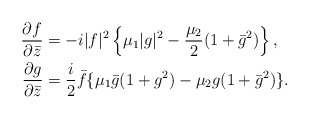
\begin{align*}\frac{\partial f}{\partial\bar{z}}&=-i|f|^2\left\{\mu_1|g|^2-\frac{\mu_2}{2}(1+\bar g^2)\right\},\\\frac{\partial g}{\partial \bar{z}}&=\frac{i}{2}\bar f\{\mu_1\bar g(1+g^2)-\mu_2g(1+\bar g^2)\}.\end{align*}